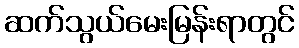
ဆက်သွယ်မေးမြန်းရာတွင်